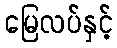
မြေလပ်နှင့်